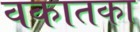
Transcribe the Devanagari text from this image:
वकातका